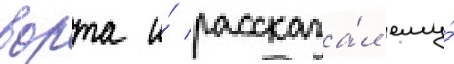
ворта и́ рассказа́л ему́